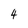
Character: 4